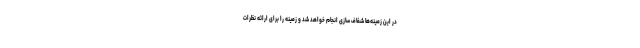
در این زمینه‌ها شفاف سازی انجام خواهد شد و زمینه را برای ارائه نظرات